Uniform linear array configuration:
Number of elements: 4
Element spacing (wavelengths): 1
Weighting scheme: binomial
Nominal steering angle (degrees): -30
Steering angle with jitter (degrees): -28.312
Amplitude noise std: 0.05
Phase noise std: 0.05

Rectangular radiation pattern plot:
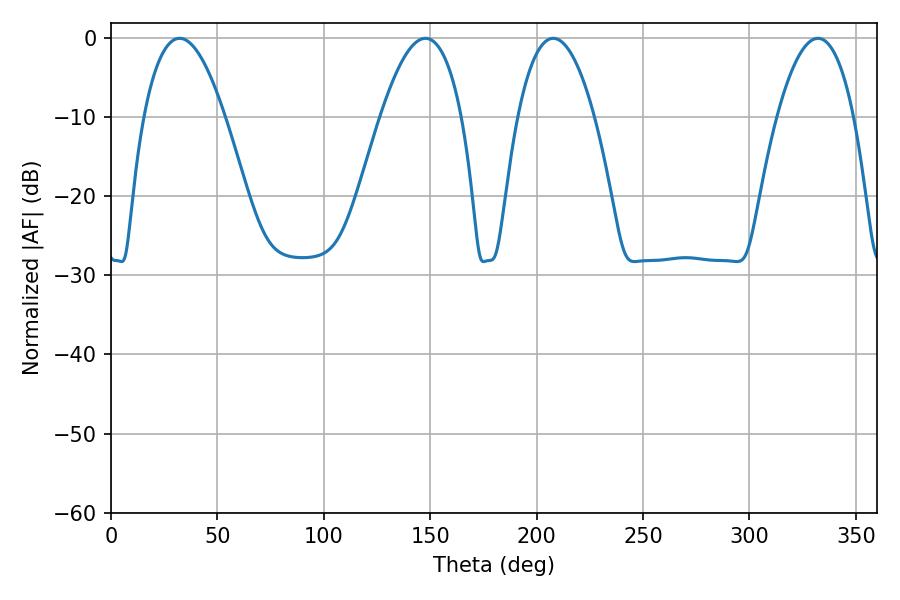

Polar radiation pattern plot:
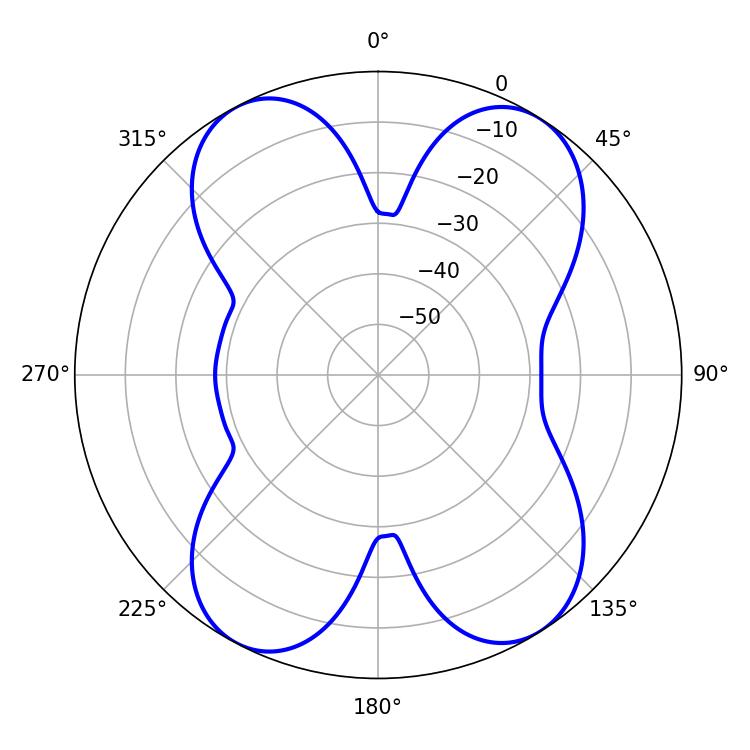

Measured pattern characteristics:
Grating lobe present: TRUE
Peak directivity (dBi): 14.028
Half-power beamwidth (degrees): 20.88
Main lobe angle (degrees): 32.22